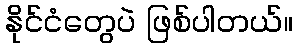
နိုင်ငံတွေပဲ ဖြစ်ပါတယ်။